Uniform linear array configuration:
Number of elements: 48
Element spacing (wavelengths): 0.75
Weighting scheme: hann
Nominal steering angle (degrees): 60
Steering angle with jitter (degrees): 58.884
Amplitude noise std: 0.05
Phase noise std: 0.05

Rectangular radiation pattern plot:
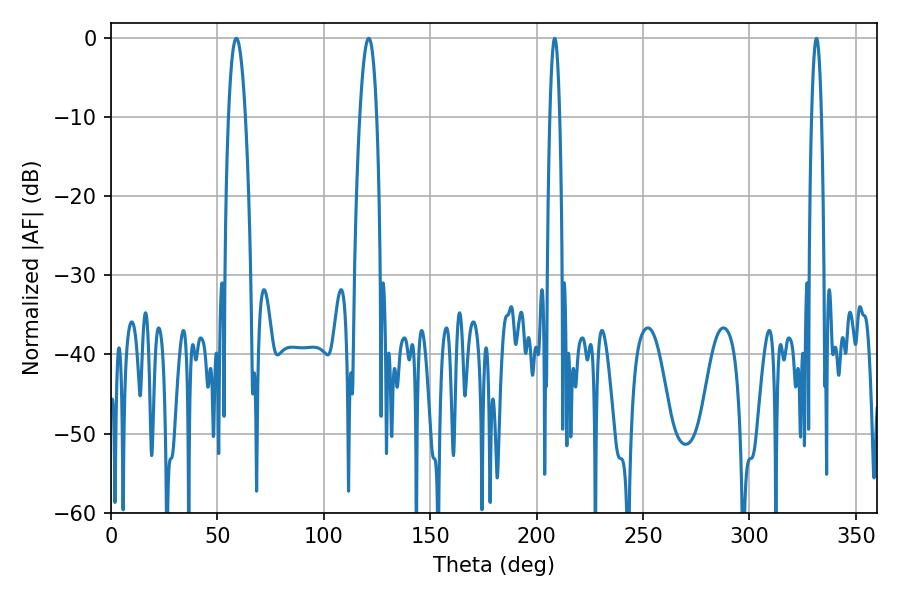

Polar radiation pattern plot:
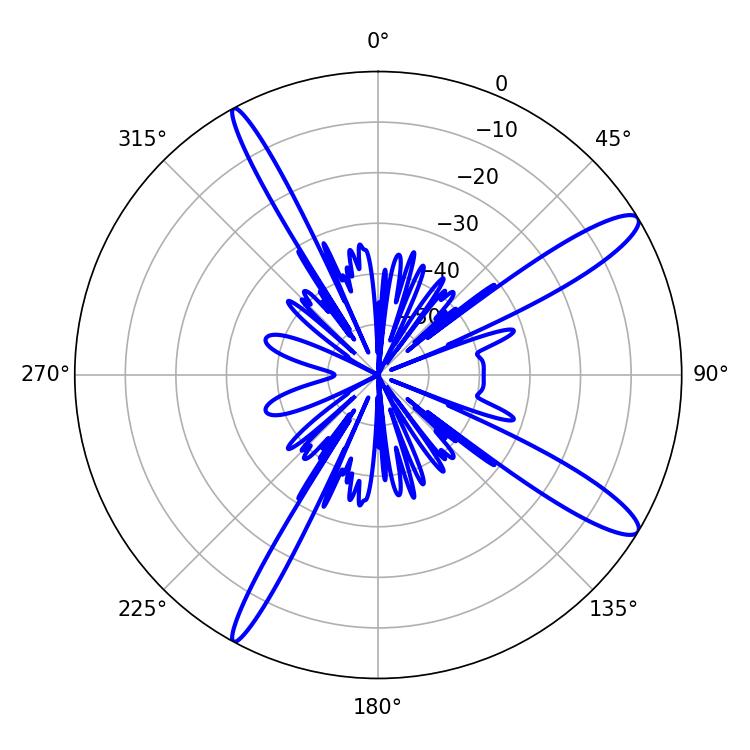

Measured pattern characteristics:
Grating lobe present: TRUE
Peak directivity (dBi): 13.187
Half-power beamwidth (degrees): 4.32
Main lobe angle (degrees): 58.86